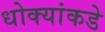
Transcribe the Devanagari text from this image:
धोक्यांकडे